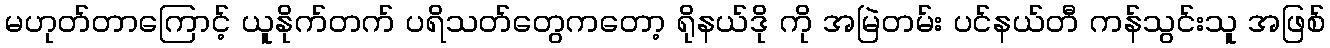
မဟုတ်တာကြောင့် ယူနိုက်တက် ပရိသတ်တွေကတော့ ရိုနယ်ဒို ကို အမြဲတမ်း ပင်နယ်တီ ကန်သွင်းသူ အဖြစ်